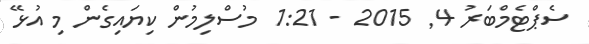
ސެޕްޓެމްބަރު 4